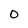
Character: 0